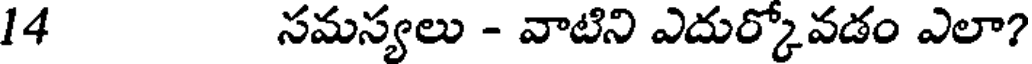
14 సమస్యలు - వాటిని ఎదుర్కోవడం ఎలా?